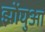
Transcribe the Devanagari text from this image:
झोंघुआ